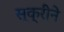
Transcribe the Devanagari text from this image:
स्क्रीने